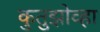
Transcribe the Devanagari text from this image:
कुतुझोव्हा